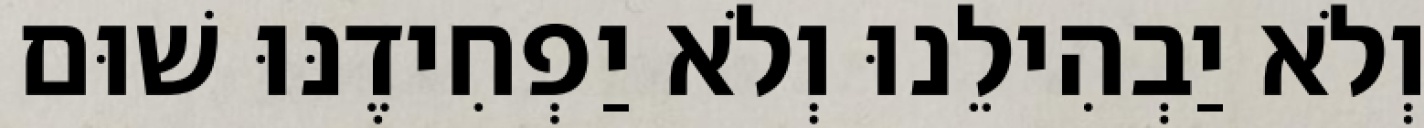
וְלֹא יַבְהִילֵנוּ וְלֹא יַפְחִידֶנּוּ שׁוּם